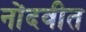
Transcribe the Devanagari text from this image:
नोंदवीत